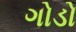
ગોડો